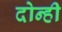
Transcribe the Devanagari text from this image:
दोन्‍ही